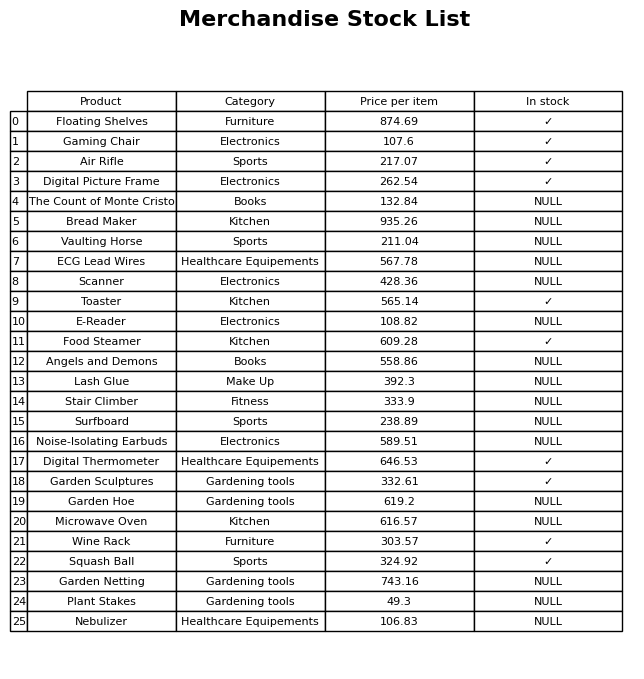
question: Is the Digital Picture Frame in stock?
answer: ✓